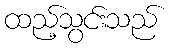
ထည့်သွင်းသည်